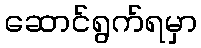
ဆောင်ရွက်ရမှာ